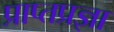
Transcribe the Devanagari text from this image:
प्राप्तप्रज्ञा